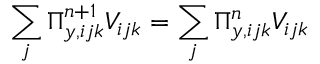
\sum _ { j } \Pi _ { y , i j k } ^ { n + 1 } V _ { i j k } = \sum _ { j } \Pi _ { y , i j k } ^ { n } V _ { i j k }